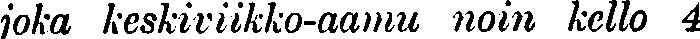
joka keskiviikko-aamu noin kello 4